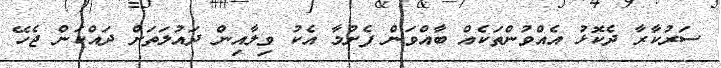
ސަރުކާރާ ދެކޮޅު އެއްވުންތަކެއް ބާއްވަން ފެށުމާ އެކު ވިލާއިން ދައުލަތަށް ދައްކަން ޖެހޭ